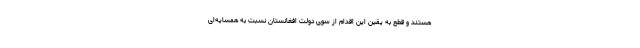
هستند و قطع به یقین این اقدام از سوی دولت افغانستان نسبت به همسایه‌ای